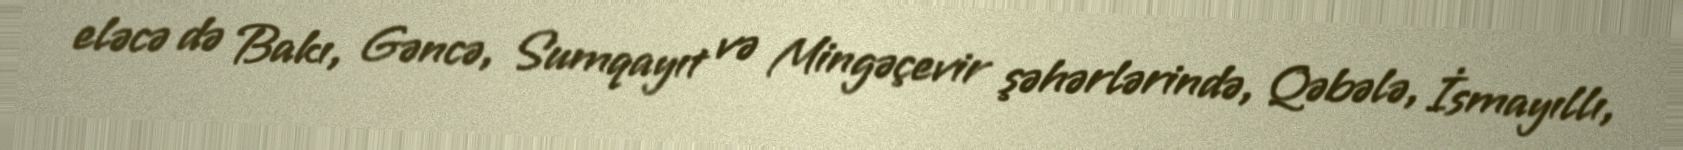
eləcə də Bakı, Gəncə, Sumqayıt və Mingəçevir şəhərlərində, Qəbələ, İsmayıllı,